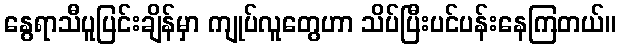
နွေရာသီပူပြင်းချိန်မှာ ကျုပ်လူတွေဟာ သိပ်ပြီးပင်ပန်းနေကြတယ်။